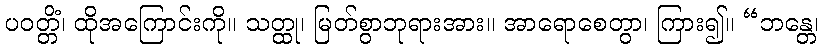
ပဝတ္တိံ၊ ထိုအကြောင်းကို။ သတ္ထု၊ မြတ်စွာဘုရားအား။ အာရောစေတွာ၊ ကြား၍။ “ဘန္တေ၊